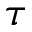
\tau